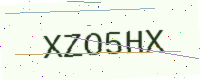
Text: XZO5HX